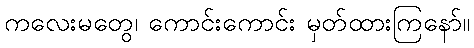
ကလေးမတွေ၊ ကောင်းကောင်း မှတ်ထားကြနော်။